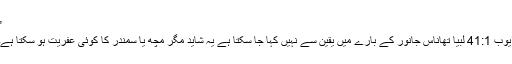
”
ایّوب 41:1 لبيا تھاناس جانور کے بارے میں یقین سے نہیں کہا جا سکتا ہے یہ شاید مگر مچھ یا سمندر کا کوئی عفریت ہو سکتا ہے۔